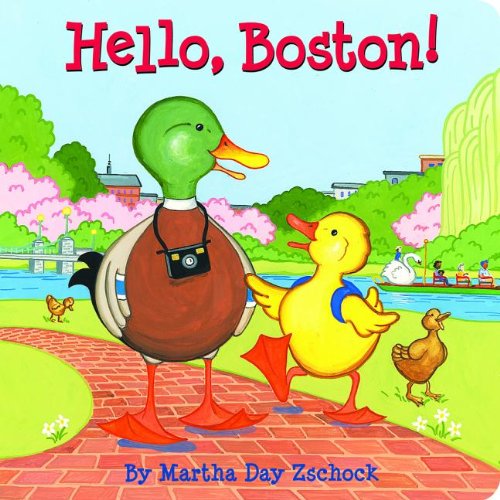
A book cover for Hello, Boston!; Martha Zschock; Children's Books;